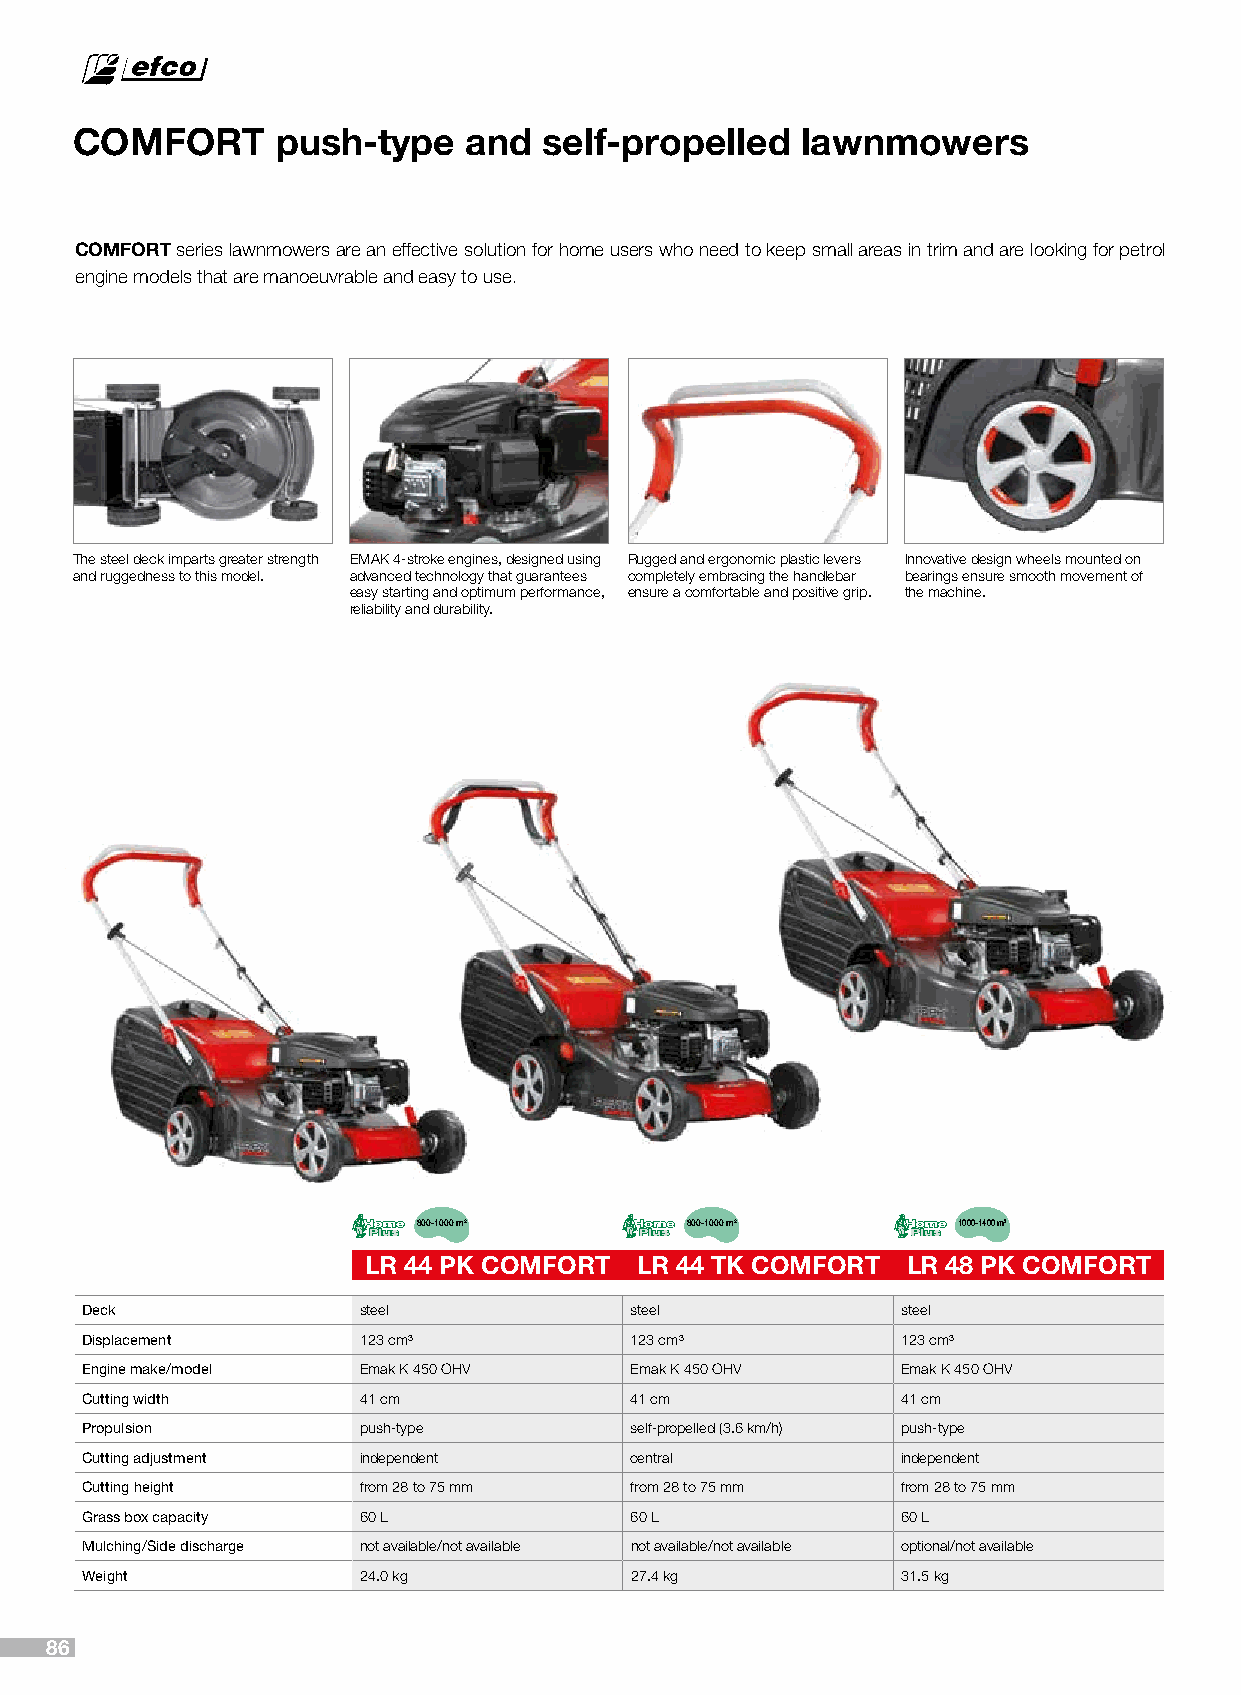
COMFORT      push-type    and  self-propelled   lawnmowers
 COMFORT series lawnmowers are an effective solution for home users who need to keep small areas in trim and are looking for petrol
 engine models that are manoeuvrable and easy to use.
 The steel deck imparts greater strength EMAK 4-stroke engines, designed using Rugged and ergonomic plastic levers Innovative design wheels mounted on
 and ruggedness to this model. advanced technology that guarantees completely embracing the handlebar bearings ensure smooth movement of
 easy starting and optimum performance, ensure a comfortable and positive grip. the machine.
 reliability and durability.
 800-1000 m2      800-1000 m2       1000-1400 m2
 LR 44 PK COMFORT  LR 44 TK COMFORT  LR 48 PK COMFORT
 Deck               steel             steel             steel
 Displacement       123 cm³           123 cm³           123 cm³
 Engine make/model  Emak K 450 OHV    Emak K 450 OHV    Emak K 450 OHV
 Cutting width      41 cm             41 cm             41 cm
 Propulsion         push-type         self-propelled (3.6 km/h) push-type
 Cutting adjustment independent       central           independent
 Cutting height     from 28 to 75 mm  from 28 to 75 mm  from 28 to 75 mm
 Grass box capacity 60 L              60 L              60 L
 Mulching/Side discharge not available/not available not available/not available optional/not available
 Weight             24.0 kg           27.4 kg           31.5 kg
 86